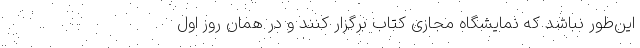
این‌طور نباشد که نمایشگاه مجازی کتاب برگزار کنند و در همان روز اول